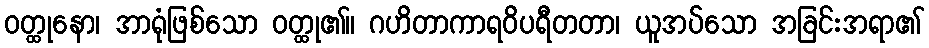
ဝတ္ထုနော၊ အာရုံဖြစ်သော ဝတ္ထု၏။ ဂဟိတာကာရဝိပရီတတာ၊ ယူအပ်သော အခြင်းအရာ၏